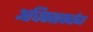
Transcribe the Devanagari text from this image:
अधिकारकर्तव्य